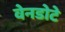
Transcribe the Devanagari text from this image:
वेनडोटे